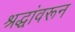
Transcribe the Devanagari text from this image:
श्रद्धांवरून